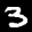
Label: 3